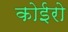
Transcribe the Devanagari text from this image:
कोईरो